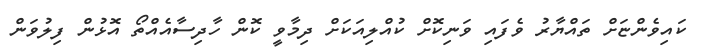
ކައިވެންޏަށް ތައްޔާރު ވެފައި ވަނިކޮށް ކުއްލިއަކަށް ދިމާވީ ކޮން ހާދިސާއެއްތޯ އޮޅުން ފިލުވަން